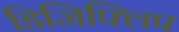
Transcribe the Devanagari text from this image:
डिजिफ्लिप